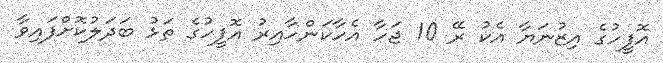
އޮފީހުގެ އިޒުނަޔާ އެކު ރޭ 10 ޖަހާ އެހާކަންހާއިރު އޮފީހުގެ ތަޅު ބަދަލުކޮށްފައިވާ